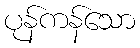
ပုန်ကန်သော